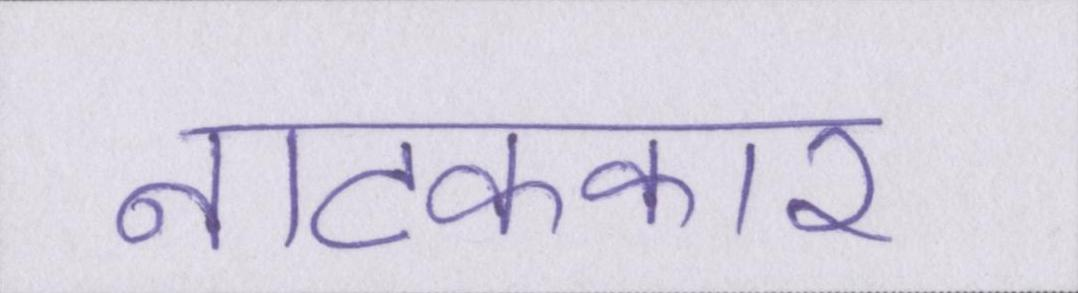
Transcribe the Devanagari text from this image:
नाटककार